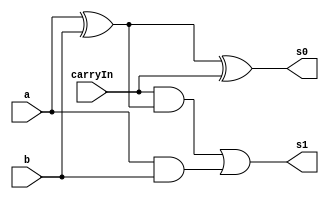
// ------------------------- 
// Exemplo0021 - FULL ADDER 
// Nome: Gabriel Benjamim de Carvalho 
// ------------------------- 
// ------------------------- 
// full adder 
// ------------------------- 


module fullAdder (output s0,
output s1, 
input a, 
input b, 
input carryIn); 


wire p1,p2,p3;


and and1 (p1, a, b);
xor xor1 (p2, a, b);
and and2 (p3, carryIn, p2);
xor xor2 (s0, p2, carryIn);
or or1 (s1, p3, p1); 
 
endmodule // fullAdder 

module fullAdderSys (output [4:0] s, 
input [3:0] a, 
input [3:0] b, 
input carryIn);

wire s0v1,s0v2,s0v3,s1v1,s1v2,s1v3;


fullAdder ad1 (s[0], s1v1, a[0], b[0], carryIn);
fullAdder ad2 (s[1], s1v2, a[1], b[1], s1v1);
fullAdder ad3 (s[2], s1v3, a[2], b[3], s1v2);
fullAdder ad4 (s[3], s[4], a[3], b[3], s1v3);


endmodule
module test_fullAdder; 
// ------------------------- definir dados 

reg [3:0] x; 
reg [3:0] y; 
reg c; 
wire [4:0] s; 
fullAdderSys s1 (s, x, y, c);
// ------------------------- parte principal 

initial begin 
$display("Exemplo0021 - Gabriel Benjamim de Carvalho - 396690"); 
$display("Test ALU's full adder"); 
x = 3'b110; y = 3'b111; c = 1'b0;
#1 $display("%3b + %3b = %4b", x, y, s);  
end 
endmodule // test_fullAdder